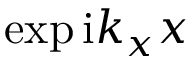
\exp { \mathrm { i } k _ { x } x }